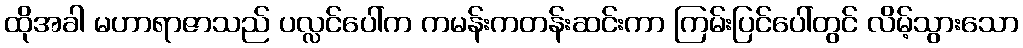
ထိုအခါ မဟာရာဇာသည် ပလ္လင်ပေါ်က ကမန်းကတန်းဆင်းကာ ကြမ်းပြင်ပေါ်တွင် လိမ့်သွားသော